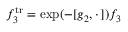
f _ { 3 } ^ { \mathrm { t r } } = \exp ( - [ g _ { 2 } , \cdot \, ] ) f _ { 3 }